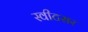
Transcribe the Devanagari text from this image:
स्वीटसर